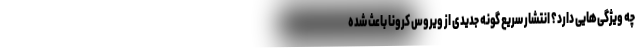
چه ویژگی‌هایی دارد؟ انتشار سریع گونه جدیدی از ویروس کرونا باعث شده